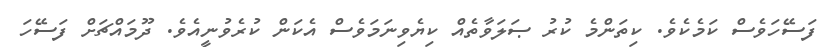
ފަސޭހަވެސް ކަމެކެވެ. ކިތަންމެ ކުރު ޞަލަވާތެއް ކިޔެވިނަމަވެސް އެކަން ކުރެވުނީއެވެ. ދޫމައްޗަށް ފަސޭހަ